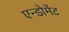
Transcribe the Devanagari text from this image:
एन्डोमेंट